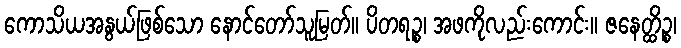
ကောသိယအနွယ်ဖြစ်သော နောင်တော်သူမြတ်။ ပိတရဉ္စ၊ အဖကိုလည်းကောင်း။ ဇနေတ္ထိဉ္စ၊